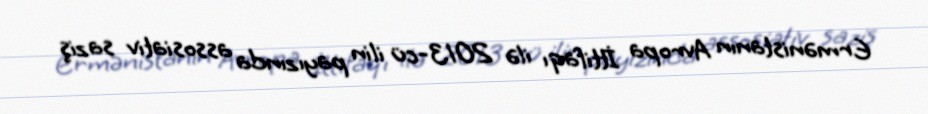
Ermənistanın Avropa İttifaqı ilə 2013-cü ilin payızında assosiativ saziş